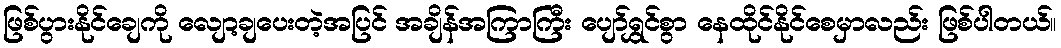
ဖြစ်ပွားနိုင်ချေကို လျော့ချပေးတဲ့အပြင် အချိန်အကြာကြီး ပျော်ရွှင်စွာ နေထိုင်နိုင်စေမှာလည်း ဖြစ်ပါတယ်။